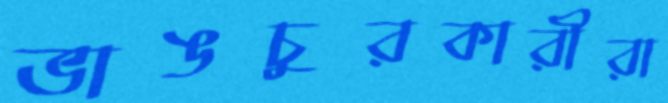
ভাঙচুরকারীরা